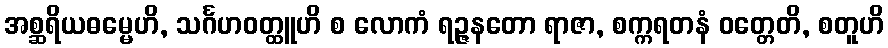
အစ္ဆရိယဓမ္မေဟိ, သင်္ဂဟဝတ္ထူဟိ စ လောကံ ရဉ္ဇနတော ရာဇာ, စက္ကရတနံ ဝတ္တေတိ, စတူဟိ